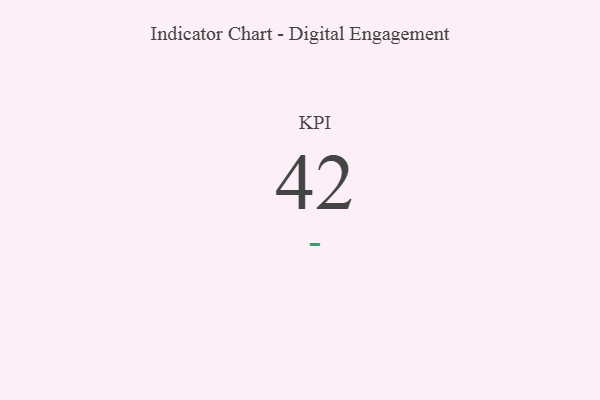
{"axis": {"x": "KPI", "y": "Value"}, "legend": [""], "data": [{"x": "KPI", "y": 42, "type": ""}]}